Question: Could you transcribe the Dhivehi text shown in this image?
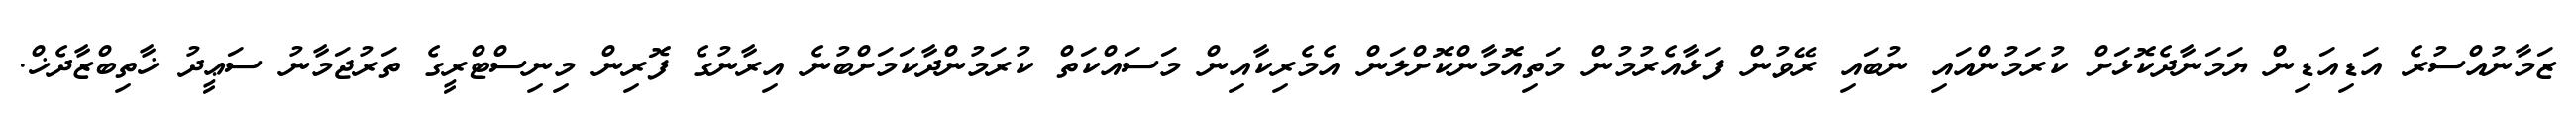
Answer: ޒަމާނުއްސުރެ އަޑިއަޑިން ޔަމަނާދެކޮޅަށް ކުރަމުންއައި ނުބައި ރޭވުން ފަޅާއެރުމުން މަތިއޮމާންކޮށްލަން އެމެރިކާއިން މަސައްކަތް ކުރަމުންދާކަމަށްބުނެ އިރާނުގެ ފޮރިން މިނިސްޓްރީގެ ތަރުޖަމާނު ސަޢީދު ޚާތިބްޒާދެޚް.